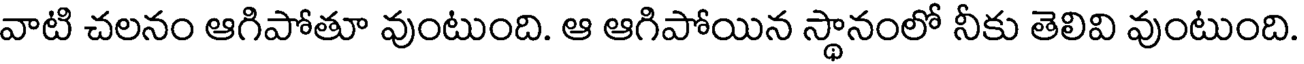
వాటి చలనం ఆగిపోతూ వుంటుంది. ఆ ఆగిపోయిన స్థానంలో నీకు తెలివి వుంటుంది